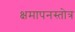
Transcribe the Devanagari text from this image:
क्षमापनस्तोत्र